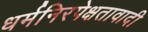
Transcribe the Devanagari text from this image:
धर्मनिरपेक्षतावादी